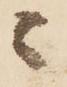
ニ